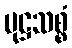
မုဋ္ဌသစ္စံ